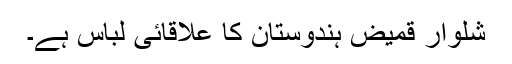
شلوار قمیض ہندوستان کا علاقائی لباس ہے۔